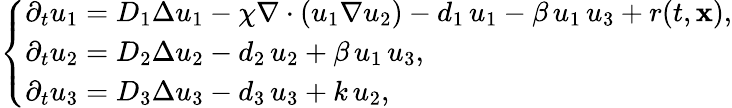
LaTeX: \left\{ \begin{array}{ll}{\displaystyle\partial_{t}u_{1}=D_{1}\Delta u_{1}-\chi\nabla\cdot(u_{1}\nabla u_{2})-d_{1}\, u_{1}-\beta\, u_{1}\, u_{3}+r(t,{\mathbf x}),}\\ {\displaystyle\partial_{t}u_{2}=D_{2}\Delta u_{2}-d_{2}\, u_{2}+\beta\, u_{1}\, u_{3},}\\ {\displaystyle\partial_{t}u_{3}=D_{3}\Delta u_{3}-d_{3}\, u_{3}+k\, u_{2},}\end{array}\right.